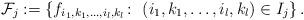
LaTeX: \begin{align*}{\cal F}_j:=\left\{f_{i_1,k_1,\ldots,i_l,k_l}\colon\ (i_1,k_1,\ldots,i_l,k_l)\in I_j\right\}.\end{align*}